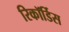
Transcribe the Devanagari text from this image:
रिकॉर्डिस